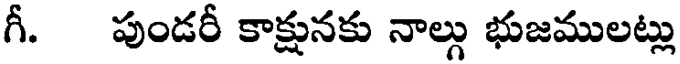
గీ. పుండరీ కాక్షునకు నాల్గు భుజములట్లు